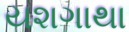
યશગાથા